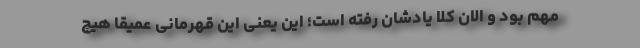
مهم بود و الان کلا یادشان رفته است؛ این یعنی این قهرمانی عمیقا هیچ